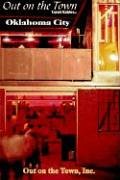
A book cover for Out on the Town, Travel Guide: Oklahoma City; Out on the Town Inc; Travel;